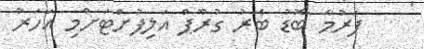
ފަރުމާ ބޮޑު ބެރު ގުރޫޕް އަލިފުށްޓަށްމި އަހަރު